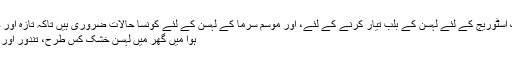
طویل عرصہ تک اسٹوریج کے لئے لہسن کے بلب تیار کرنے کے لئے، اور موسم سرما کے لہسن کے لئے کونسا حالات ضروری ہیں تاکہ تازہ اور خشک نہیں رہیں.
ہوا میں گھر میں لہسن خشک کس طرح، تندور اور برقی آلائیر میں؟